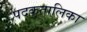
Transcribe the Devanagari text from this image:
पदकतालिका